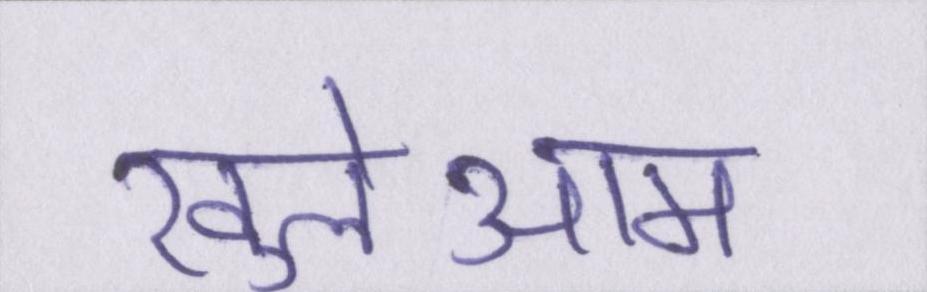
खुलेआम